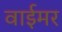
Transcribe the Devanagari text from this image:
वाईमर